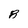
Character: 8